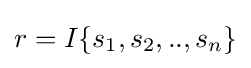
r=I\{s_{1},s_{2},..,s_{n}\}